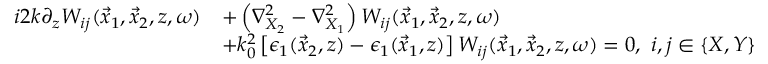
\begin{array} { r l } { i 2 k \partial _ { z } W _ { i j } ( \vec { x } _ { 1 } , \vec { x } _ { 2 } , z , \omega ) } & { + \left( \nabla _ { X _ { 2 } } ^ { 2 } - \nabla _ { X _ { 1 } } ^ { 2 } \right) W _ { i j } ( \vec { x } _ { 1 } , \vec { x } _ { 2 } , z , \omega ) } \\ & { + k _ { 0 } ^ { 2 } \left[ \epsilon _ { 1 } ( \vec { x } _ { 2 } , z ) - \epsilon _ { 1 } ( \vec { x } _ { 1 } , z ) \right] W _ { i j } ( \vec { x } _ { 1 } , \vec { x } _ { 2 } , z , \omega ) = 0 , ~ i , j \in \{ X , Y \} } \end{array}